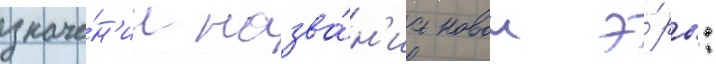
значе́н'ии назва́н'иа новои э́ры: